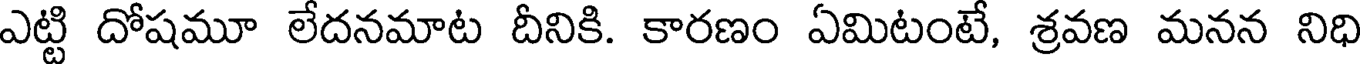
ఎట్టి దోషమూ లేదనమాట దీనికి. కారణం ఏమిటంటే, శ్రవణ మనన నిధి